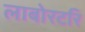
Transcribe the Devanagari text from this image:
लाबोरटरि